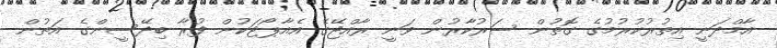
އާމްދަނީ އިތުރުކުރުމުގެ ގޮތުން ސަރުކާރުން ވަނީ ރާއްޖޭގެ އެއާޕޯޓަކުން ފުރާ ބިދޭސީންގެ އަތުން